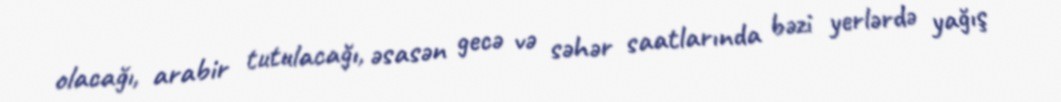
olacağı, arabir tutulacağı, əsasən gecə və səhər saatlarında bəzi yerlərdə yağış